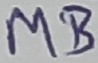
Text: MB